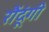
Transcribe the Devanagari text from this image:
रौंदूंगी